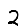
Digit: 2